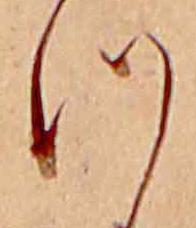
つ